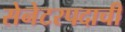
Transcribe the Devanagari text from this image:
सेनेटरपदाची